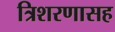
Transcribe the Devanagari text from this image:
त्रिशरणासह